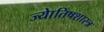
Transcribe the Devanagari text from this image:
ज्याेतिषशास्त्र